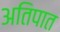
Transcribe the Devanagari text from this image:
अतिपात